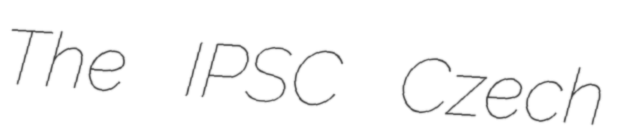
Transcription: The IPSC Czech